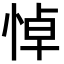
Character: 悼